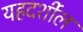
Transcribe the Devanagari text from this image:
यहदर्शील